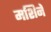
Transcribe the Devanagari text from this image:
मशिनें